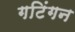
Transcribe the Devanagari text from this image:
गटिंगन